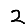
Digit: 2